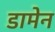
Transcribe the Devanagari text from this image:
डामेन